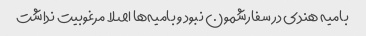
بامیه هندی در سفارشمون نبود و بامیه‌ها اصلا مرغوبیت نداشت